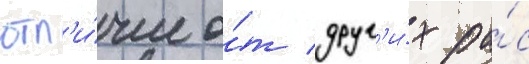
отл'и́чие о́т друг'и́х ра́с